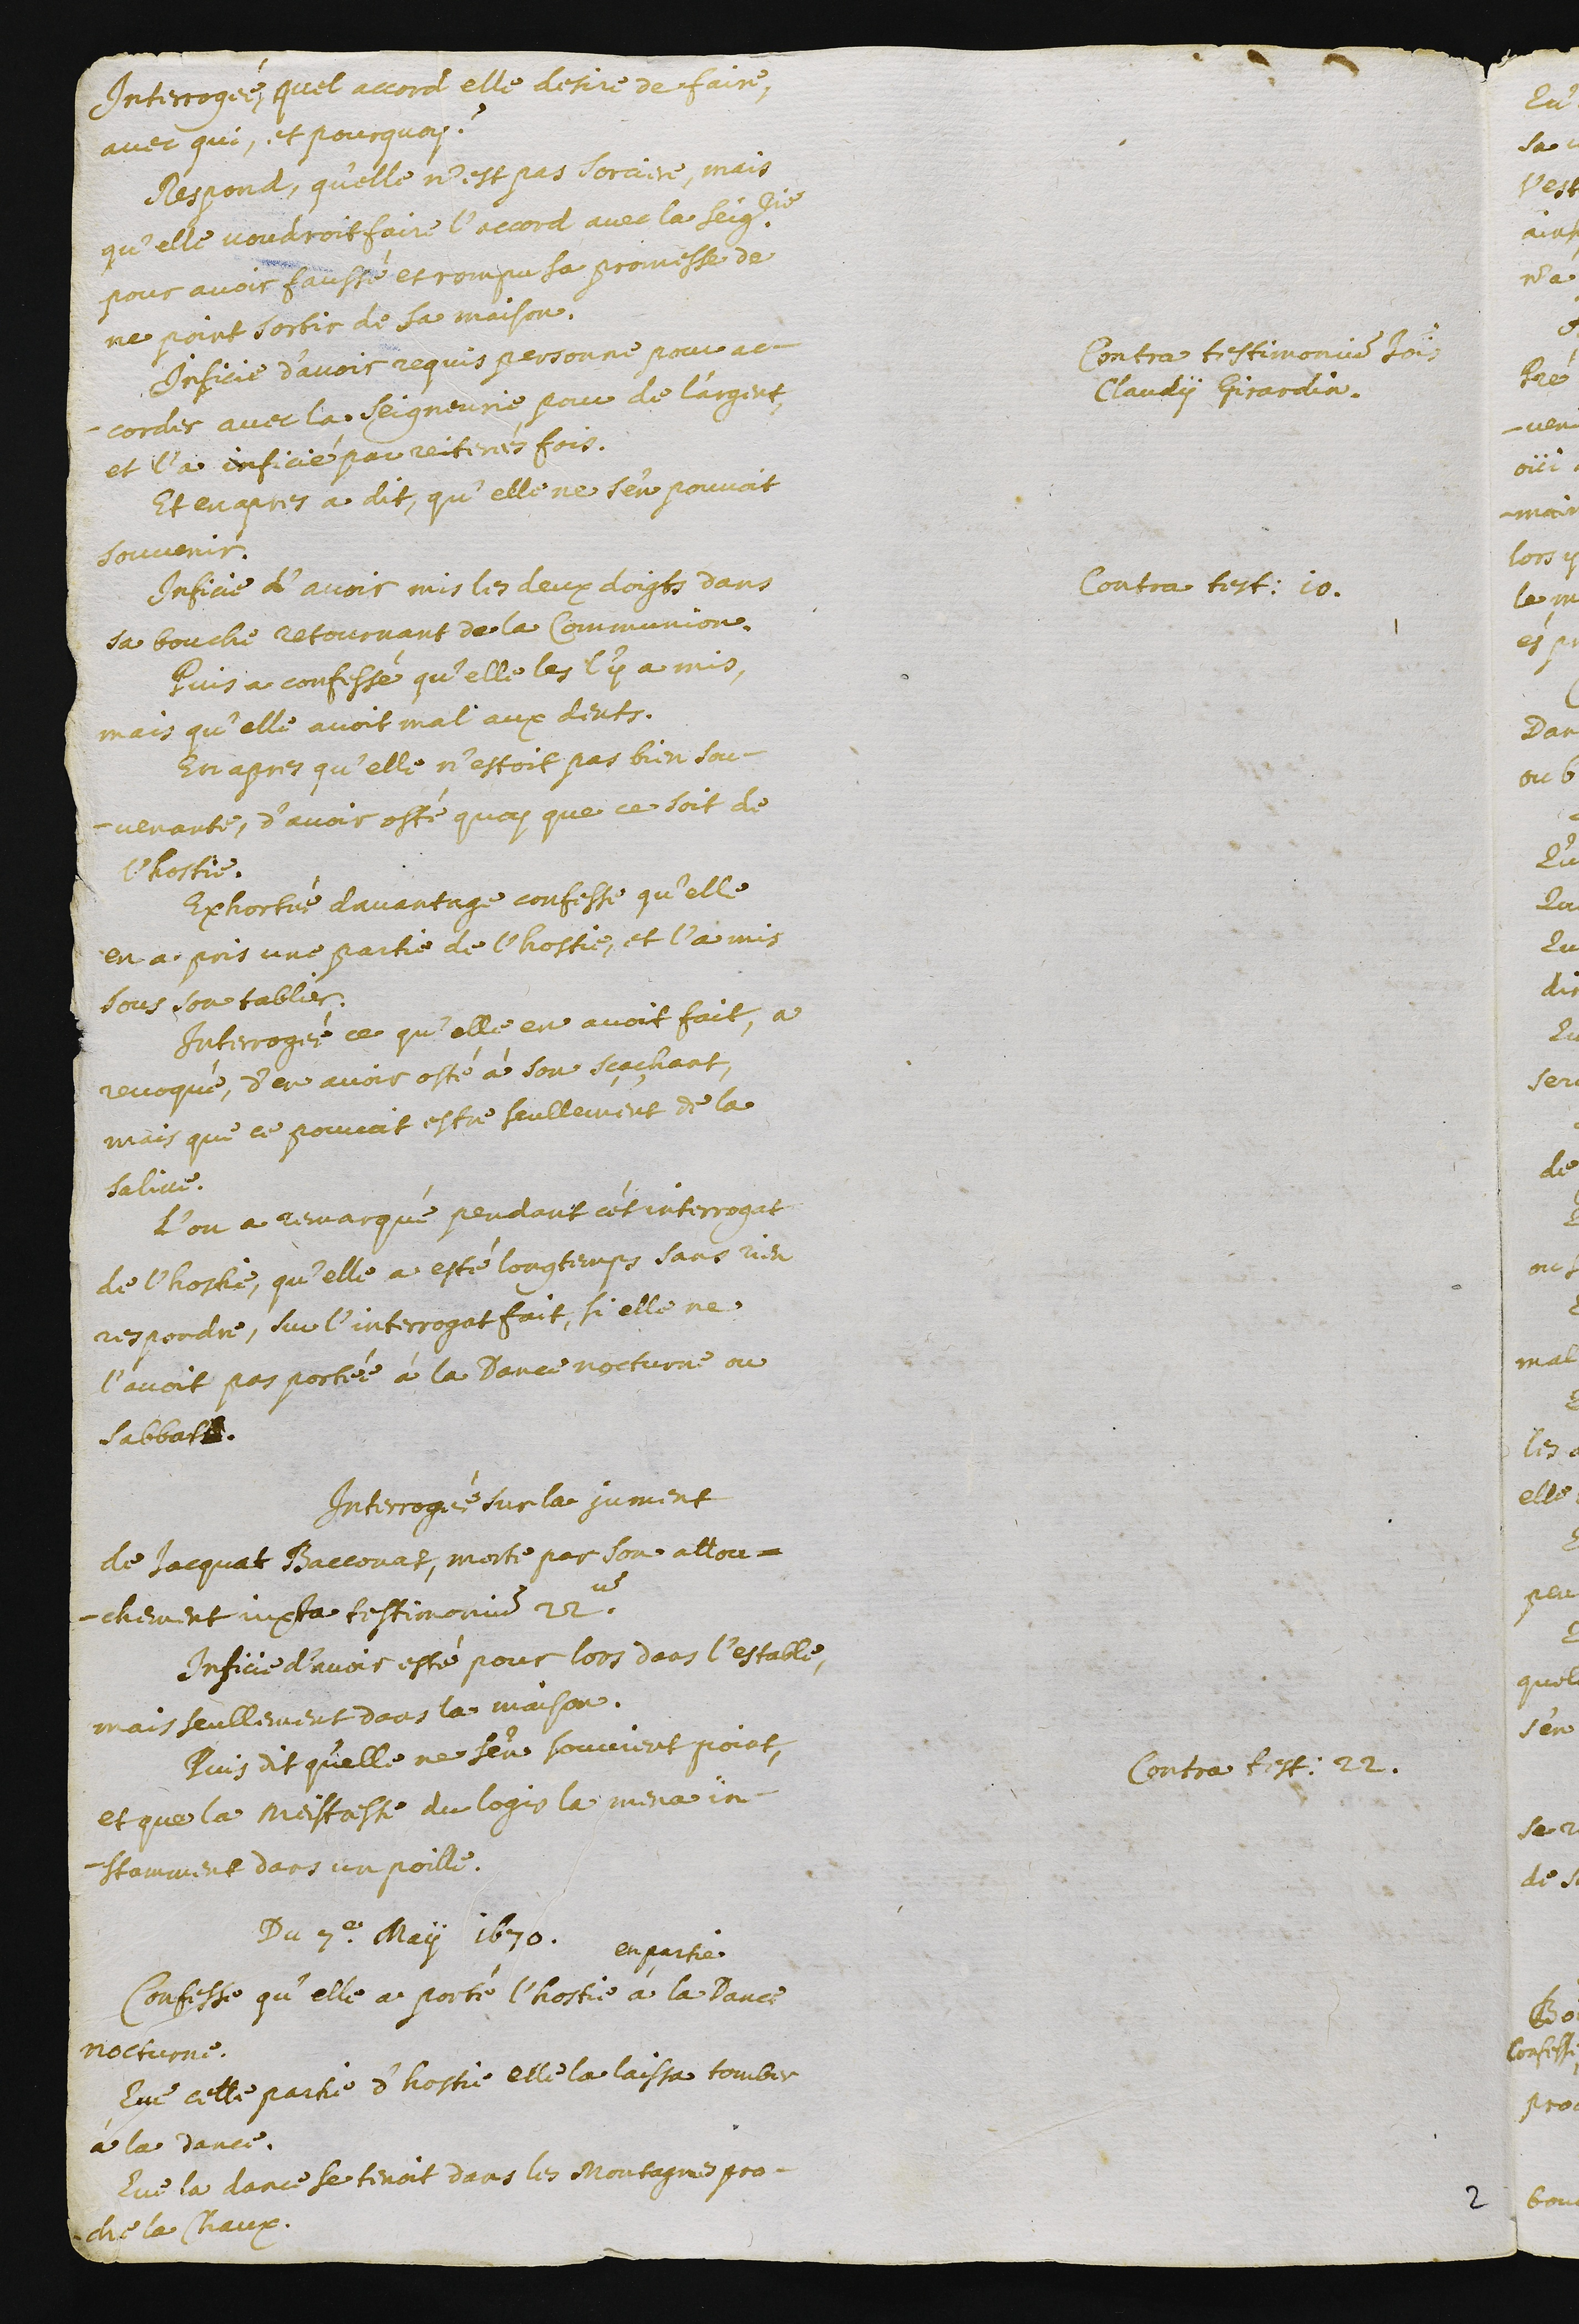
Interrogée quel accord elle desire de faire,
avec qui, et pourquoy ?
Respond, qu’elle n’est pas sorciere, mais
qu’elle voudroit faire l’accord avec la seigneurie
pour avoir faussé et rompu sa promesse de
ne point sortir de sa maison.
Contra testimonium Joannis
Claudy Girardin
Inficie d’avoir requis personne pour ac-
corder avec la seigneurie pour de l’argent,
et l’a inficié par reiterés fois.
Et en apres a dit, qu’elle ne s’en pouvoit
souvenir.
Contra testimonium 10.
Inficie d’avoir mis les deux doigts dans
sa bouche retournant de la communion.
Puis a confessé qu’elle les l’y a mis,
mais qu’elle avoit mal aux dents.
En apres qu’elle n’estoit pas bien sou-
venante, d’avoir osté quoy que ce soit de
l’hostie.
Exhortée davantage confesse qu’elle
en a pris une partie de l’hostie, et l’a mis
sous son tablier.
Interrogée ce qu’elle en avoit fait, a
revoqué, d’en avoir osté à son sçachant,
mais que ce pouvoit estre seullement de la
salive.
L’on a remarqué pendant cet interrogat
de l’hostie, qu’elle a esté longtemps sans rien
respondre, sur l’interrogat fait, si elle ne
l’avoit pas portée à la D.ance nocturne ou
sabbath.
Interrogée sur la jument
de Jacquat Bacconat, mort par son attou-
chement juxta testimonius 22um.
Contra testimonium 22.
Inficie d’avoir esté pour lors dans l’estable,
mais seullement dans la maison.
Puis dit qu’elle ne s’en souvient point,
et que la maistresse du logie la mena in-
stamment dans un poille.
Du 7.e maÿ 1670.
Confesse qu’elle a porté l’hostie
en partie
à la Dance
nocturne.
Que cette partie d’hostie elle la laissa tomber
à la dance.
Que la dance se tenoit dans les montagnes pro-
che la Chaux.